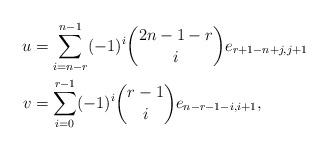
LaTeX: \begin{align*} u &= \sum_{i=n-r}^{n-1} (-1)^i \binom{2n-1-r}{i} e_{r+1-n+j,j+1}\\ v &= \sum_{i=0}^{r-1} (-1)^i \binom{r-1}{i} e_{n-r-1-i,i+1},\\ \end{align*}